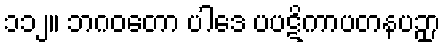
၁၁၂။ ဘဂဝတော ပါဒေ ပပဋိကာပတနပဉှာ